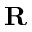
\mathbf { R }